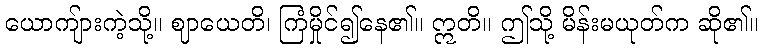
ယောကျ်ားကဲ့သို့။ ဈာယေတိ၊ ကြံမှိုင်၍နေ၏။ ဣတိ။ ဤသို့ မိန်းမယုတ်က ဆို၏။